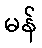
မန်